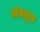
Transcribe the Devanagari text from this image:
मंगळूरु